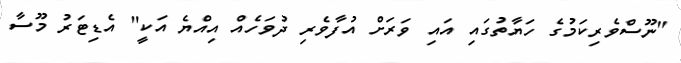
"ނޫސްވެރިކަމުގެ ހަޔާތުގައި އައި ވަރަށް އުފާވެރި ދުވަހެއް އިއްޔެ އަކީ" އެޑިޓަރު މޫސާ